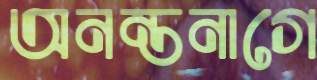
অনন্তনাগে